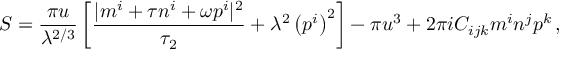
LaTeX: S = \frac { \pi u } { \lambda ^ { 2 / 3 } } \left[ \frac { | m ^ { i } + \tau n ^ { i } + \omega p ^ { i } | ^ { 2 } } { \tau _ { 2 } } + \lambda ^ { 2 } \left( p ^ { i } \right) ^ { 2 } \right] - \pi u ^ { 3 } + 2 \pi i C _ { i j k } m ^ { i } n ^ { j } p ^ { k } \, ,